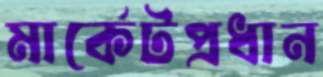
মার্কেটপ্রধান